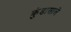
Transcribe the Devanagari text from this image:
कुंडासाले